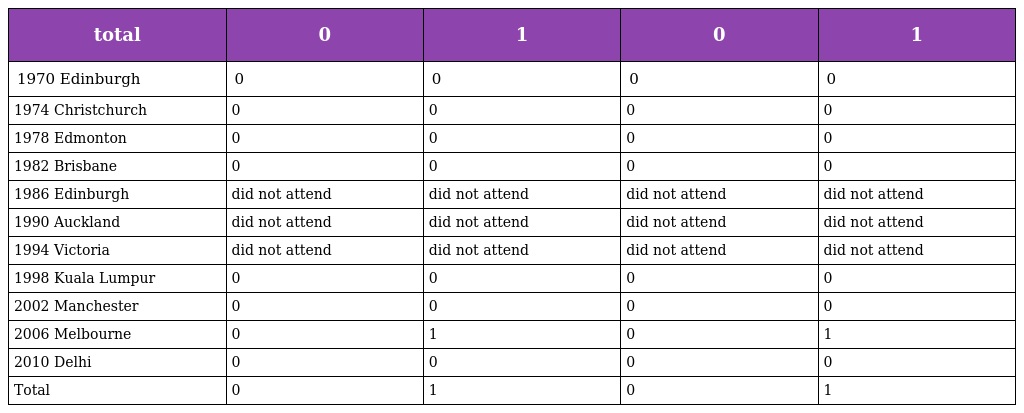
| total | 0 | 1 | 0 | 1 |
 | --- | --- | --- | --- | --- |
 | 1970 Edinburgh | 0 | 0 | 0 | 0 |
 | 1974 Christchurch | 0 | 0 | 0 | 0 |
 | 1978 Edmonton | 0 | 0 | 0 | 0 |
 | 1982 Brisbane | 0 | 0 | 0 | 0 |
 | 1986 Edinburgh | did not attend | did not attend | did not attend | did not attend |
 | 1990 Auckland | did not attend | did not attend | did not attend | did not attend |
 | 1994 Victoria | did not attend | did not attend | did not attend | did not attend |
 | 1998 Kuala Lumpur | 0 | 0 | 0 | 0 |
 | 2002 Manchester | 0 | 0 | 0 | 0 |
 | 2006 Melbourne | 0 | 1 | 0 | 1 |
 | 2010 Delhi | 0 | 0 | 0 | 0 |
 | Total | 0 | 1 | 0 | 1 |